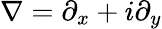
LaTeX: \nabla=\partial_{x}+i\partial_{y}